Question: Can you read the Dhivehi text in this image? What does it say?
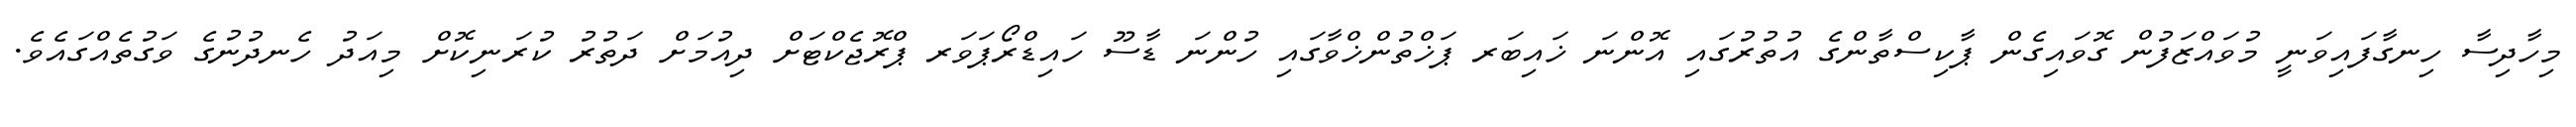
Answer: މިހާދިސާ ހިނގާފައިވަނީ މުވައްޒަފުން ގޮވައިގެން ޕާކިސްތާންގެ އުތުރުގައި އޮންނަ ޚައިބަރ ޕަޚްތުންޚްވާގައި ހުންނަ ޑާސޫ ހައިޑްރޯޕަވަރ ޕްރޮޖެކްޓަށް ދިއުމަށް ދަތުރު ކުރަނިކޮށް މިއަދު ހެނދުނުގެ ވަގުތެއްގައެވެ.